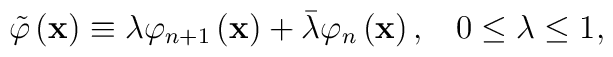
\tilde{\varphi}\left( \mathbf{x}\right) \equiv \lambda \varphi _{n+1}\left( \mathbf{x}\right) +\bar{\lambda}\varphi _n\left( \mathbf{x}\right),\;\;\;0\leq \lambda \leq 1,